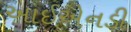
આઈએનડી